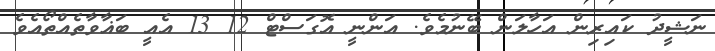
ނަޝީދު ކައިރިން އަހާލަން ބޭނުމެވެ. އަންނީ އޮގަސްޓް 12 13 އެއީ ބަޣާވާތެއްތޯއެވެ